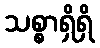
သစ္စာရှိရှိ